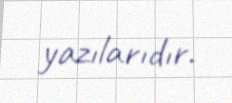
yazılarıdır.